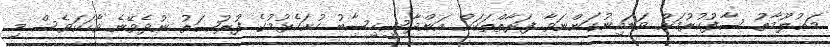
މަޢުލޫމާތު ސާފުކުރުމަށް ވަޑައިނުގަންނަވާ ފަރާތްތަކަށް އަންދާސީހިސާބު ހުށަހެޅުމުގެ ފުރުޞަތު ނުދެވޭނެ ވާހަކަވެސް މި